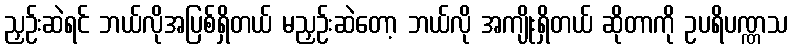
ညှဉ်းဆဲရင် ဘယ်လိုအပြစ်ရှိတယ် မညှဉ်းဆဲတော့ ဘယ်လို အကျိုးရှိတယ် ဆိုတာကို ဥပရိပဏ္ဏသ